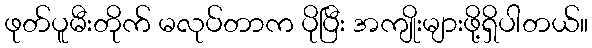
ဖုတ်ပူမီးတိုက် မလုပ်တာက ပိုပြီး အကျိုးများဖို့ရှိပါတယ်။